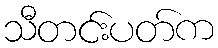
သီတင်းပတ်က